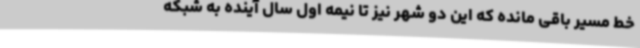
خط مسیر باقی مانده که این دو شهر نیز تا نیمه اول سال آینده به شبکه